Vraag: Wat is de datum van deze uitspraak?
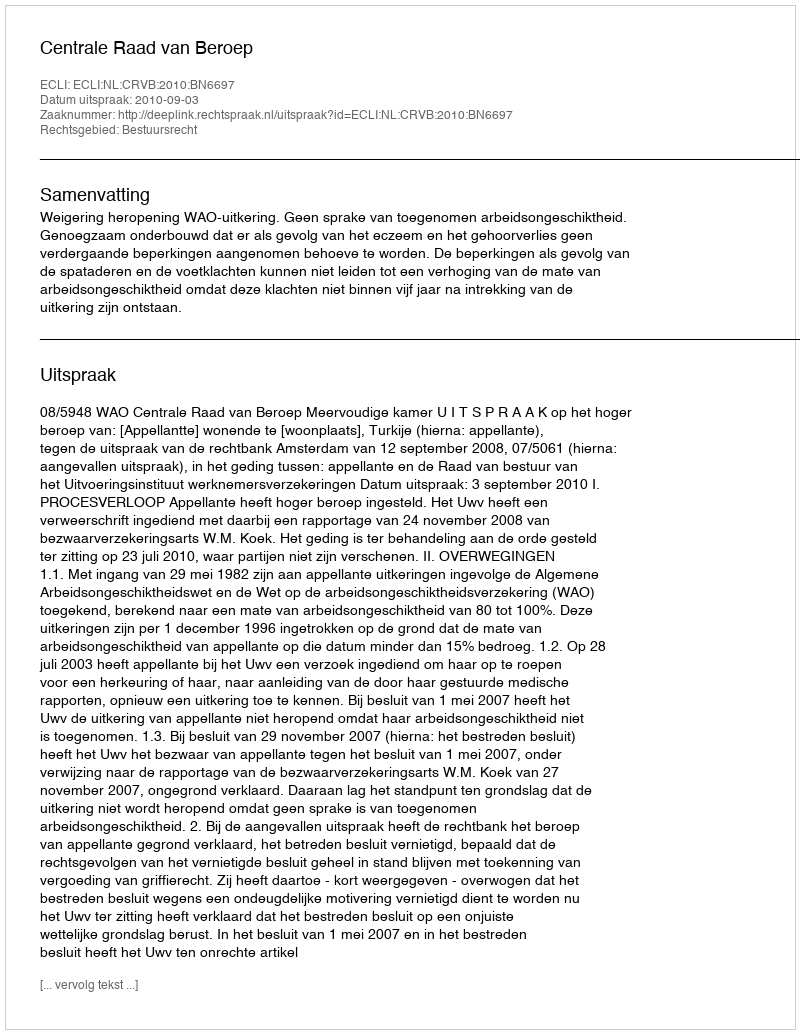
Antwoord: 2010-09-03